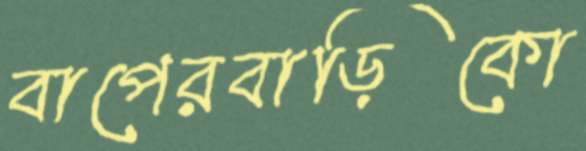
বাপেরবাড়িকো